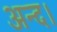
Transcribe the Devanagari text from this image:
अन्द।